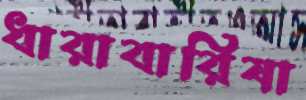
ধারাবারিষা